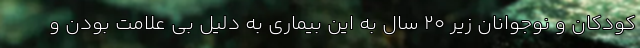
کودکان و نوجوانان زیر ۲۰ سال به این بیماری به دلیل بی علامت بودن و